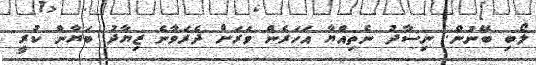
ލޯބި ބޭނުން. ނިސާދު ނެތިއްޔާ އަހަރެން ވަރަށް ދެރަވާނެ ޒިޔާދު ބަޔާން ކުރީ